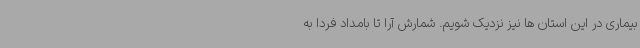
بیماری در این استان ها نیز نزدیک شویم. شمارش آرا تا بامداد فردا به